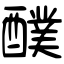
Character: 醭